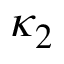
\kappa _ { 2 }